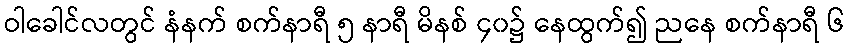
ဝါခေါင်လတွင် နံနက် စက်နာရီ ၅ နာရီ မိနစ် ၄၀၌ နေထွက်၍ ညနေ စက်နာရီ ၆